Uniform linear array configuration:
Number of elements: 12
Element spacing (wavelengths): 0.75
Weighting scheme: hamming
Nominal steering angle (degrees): -45
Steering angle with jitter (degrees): -46.687
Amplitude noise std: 0.05
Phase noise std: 0.05

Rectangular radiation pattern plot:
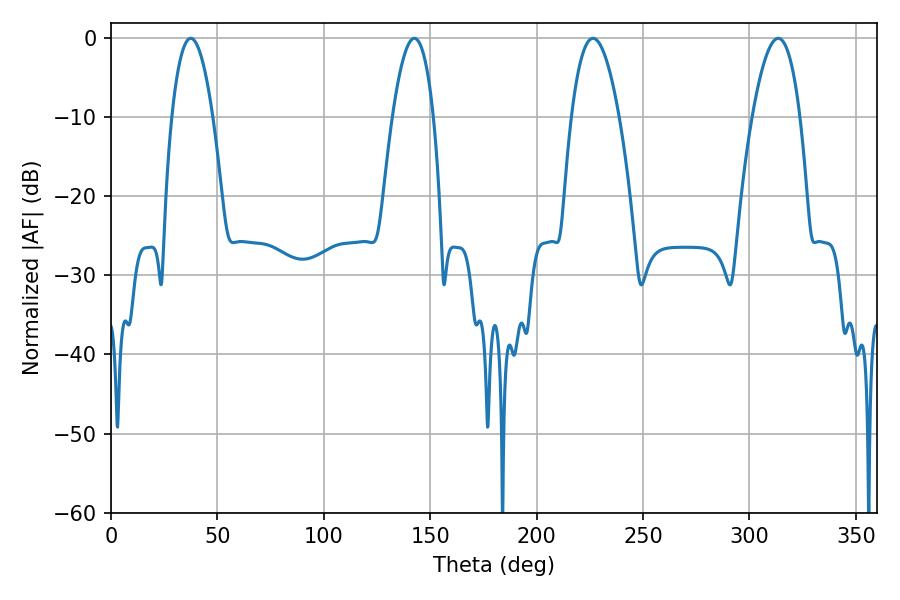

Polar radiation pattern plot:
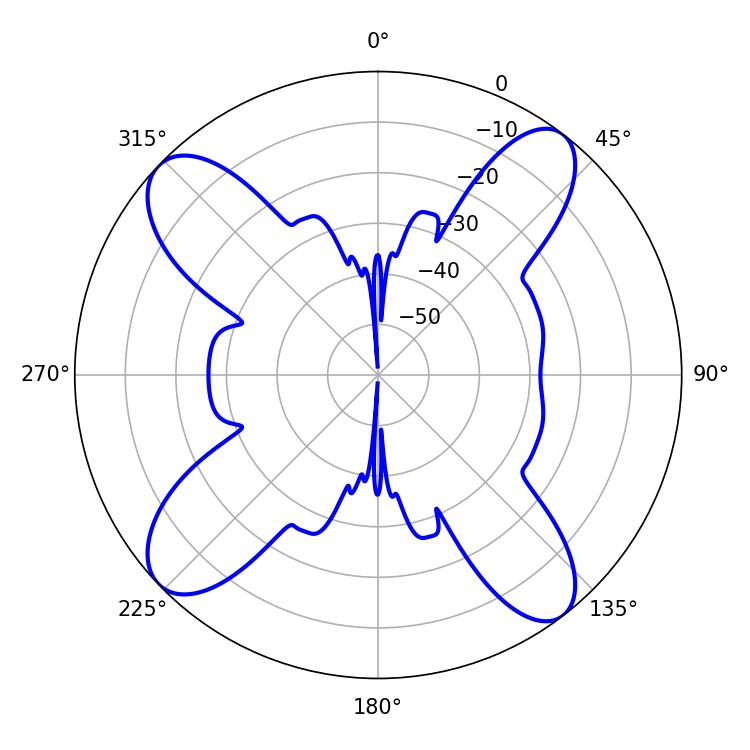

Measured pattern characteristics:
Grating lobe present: TRUE
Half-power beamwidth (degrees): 10.62
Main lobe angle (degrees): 37.44